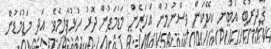
ޤާދިރުބެ އެބުނީ ކީކޭކަން ވިސްނުމުން އަހަރެން މަޑުމަޑުން ދޮރު ހުޅުވާލީމެވެ. އަދި މަޑުމަޑުން